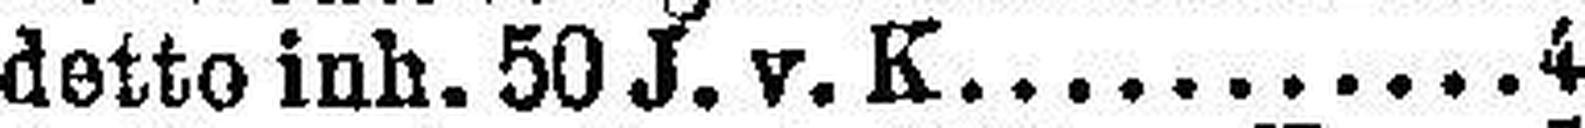
detto inh. 50 J. v. K. 4